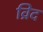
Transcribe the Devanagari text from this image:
व्रिद